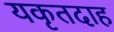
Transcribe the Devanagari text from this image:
यकृतदाह